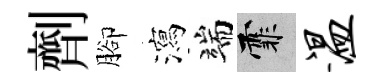
劑腳瀉端霏温